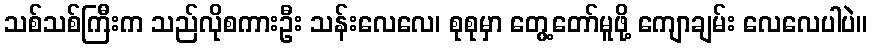
သစ်သစ်ကြီးက သည်လိုစကားဦး သန်းလေလေ၊ စုစုမှာ တွေ့တော်မူဖို့ ကျောချမ်း လေလေပါပဲ။